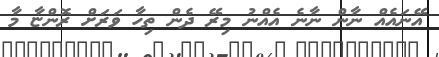
އޭނައެއް ނާން ނާނެ އެއްނު މިރޭ ދެން ތިހާ ވަރަށް ރޮންޏާ މާ